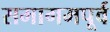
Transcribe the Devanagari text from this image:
समागमपूर्व